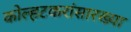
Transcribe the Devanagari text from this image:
कोल्हटकरांसारख्या